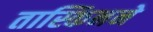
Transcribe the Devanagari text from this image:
तास्किनने